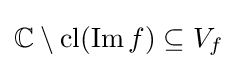
\mathbb {C} \setminus \operatorname {cl} (\operatorname {Im} f)\subseteq V_{f}